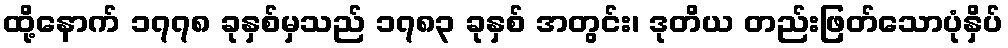
ထို့နောက် ၁၇၇၈ ခုနှစ်မှသည် ၁၇၈၃ ခုနှစ် အတွင်း၊ ဒုတိယ တည်းဖြတ်သောပုံနှိပ်